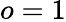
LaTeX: o=1